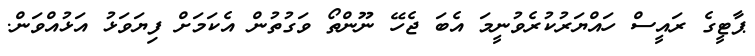
ޕާޓީގެ ރައީސް ހައްޔަރުކުރެވުނީމަ އެބަ ޖެހޭ ނޫންތޯ ވަގުތުން އެކަމަށް ފިޔަވަޅު އަޅުއްވަން.